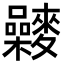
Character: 𪍻